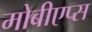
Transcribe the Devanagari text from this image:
मोबीएप्स